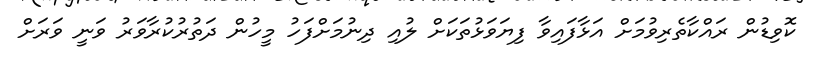
ކޮވިޑުން ރައްކާތެރިވުމަށް އަޅާފައިވާ ފިޔަވަޅުތަކަށް ލުއި ދިނުމަށްފަހު މީހުން ދަތުރުކުރާވަރު ވަނީ ވަރަށް